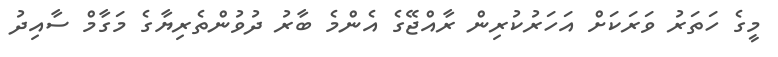
މީގެ ހަތަރު ވަރަކަށް އަހަރުކުރިން ރާއްޖޭގެ އެންމެ ބާރު ދުވުންތެރިޔާގެ މަގާމް ސާއިދު